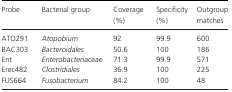
<table><thead><tr><td><b>Probe</b></td><td><b>Bacterial group</b></td><td><b>Coverage (%)</b></td><td><b>Specificity (%)</b></td><td><b>Outgroup matches</b></td></tr></thead><tbody><tr><td>ATO291</td><td><i>Atopobium</i></td><td>92</td><td>99.9</td><td>600</td></tr><tr><td>BAC303</td><td><i>Bacteroidales</i></td><td>50.6</td><td>100</td><td>186</td></tr><tr><td>Ent</td><td><i>Enterobacteriaceae</i></td><td>71.3</td><td>99.9</td><td>571</td></tr><tr><td>Erec482</td><td><i>Clostridiales</i></td><td>36.9</td><td>100</td><td>225</td></tr><tr><td>FUS664</td><td><i>Fusobacterium</i></td><td>84.2</td><td>100</td><td>48</td></tr></tbody></table>